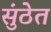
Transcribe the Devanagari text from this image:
सुंठेत